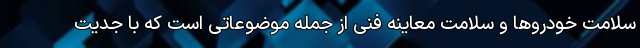
سلامت خودرو‌ها و سلامت معاینه فنی از جمله موضوعاتی است که با جدیت